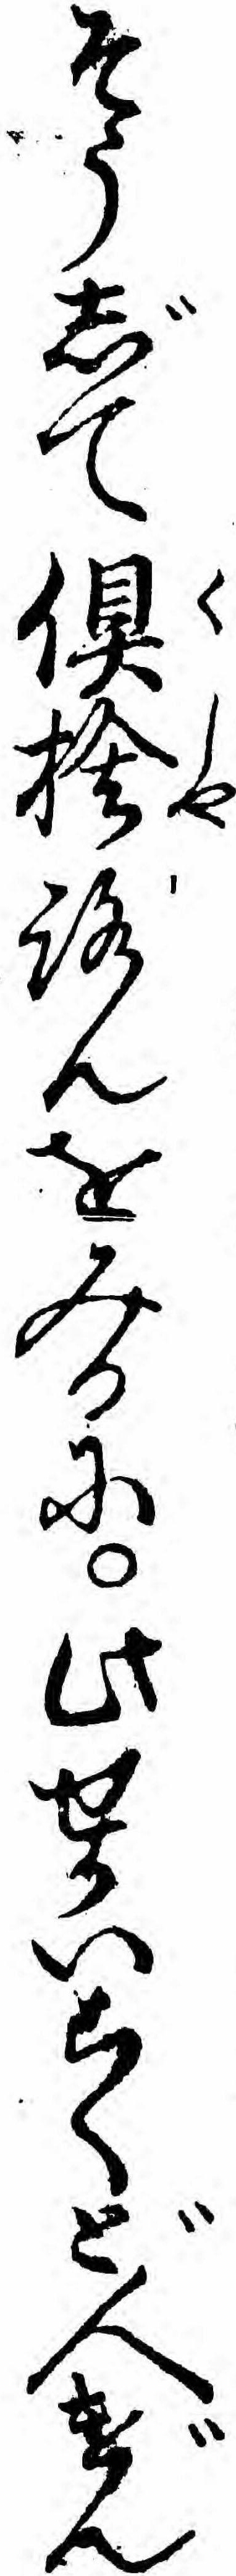
そうじて倶捨ろんをみるに此せかいこくど人げん